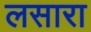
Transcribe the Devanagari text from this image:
लसारा